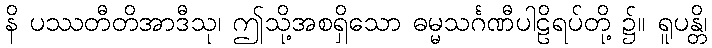
နိ ပဿတီတိအာဒီသု၊ ဤသို့အစရှိသော ဓမ္မသင်္ဂဏီပါဠိရပ်တို့ ၌။ ရူပန္တိ၊